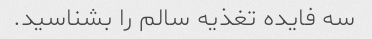
سه فایده تغذیه سالم را بشناسید.